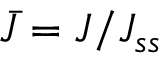
\bar { J } = J / { { J } _ { s s } }